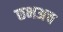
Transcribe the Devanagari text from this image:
छभअच